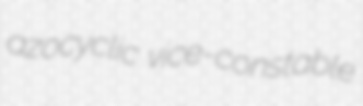
azocyclic vice-constable